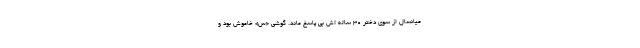
میانسال از سوی دختر ۳۰ ساله اش بی پاسخ ماند. گوشی «س» خاموش بود و